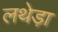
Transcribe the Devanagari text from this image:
लथेड़ा